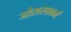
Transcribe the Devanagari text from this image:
जोरारलबर्ग